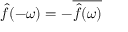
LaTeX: { \hat { f } } ( - \omega ) = - { \overline { { { \hat { f } } ( \omega ) } } }